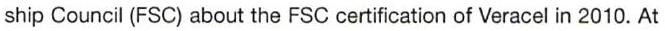
ship Council (FSC) about the FSC certification of Veracel in 2010. At